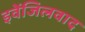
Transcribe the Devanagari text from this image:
इवेंजिलवाद